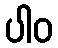
ပါဝ